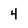
Character: 4